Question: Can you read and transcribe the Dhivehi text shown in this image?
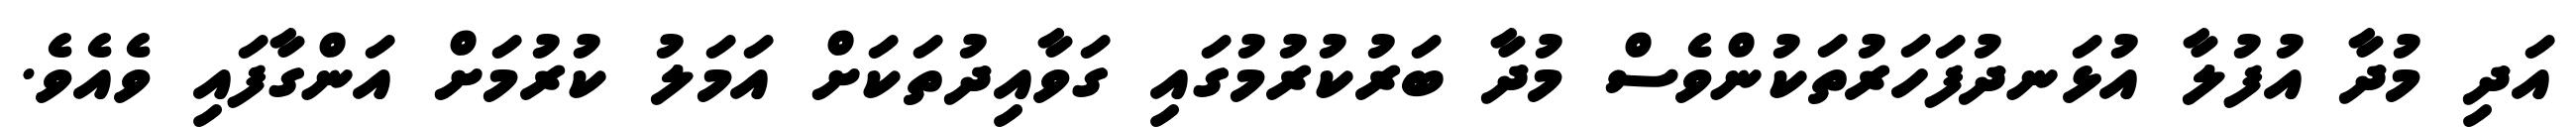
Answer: އަދި މުދާ އުފުލާ އުޅަނދުފަހަރުތަކުންވެސް މުދާ ބަރުކުރުމުގައި ގަވާއިދުތަކަށް އަމަލު ކުރުމަށް އަންގާފައި ވެއެވެ.